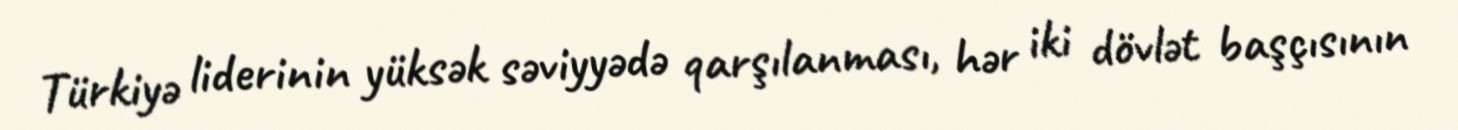
Türkiyə liderinin yüksək səviyyədə qarşılanması, hər iki dövlət başçısının